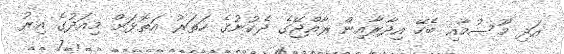
އަދި މޫސުމާއި ބެހޭ އިދާރާއިން ރާއްޖޭގެ ދެކުނުގެ ހަތަރު އަތޮޅަށް މިއަދުގެ އިރު